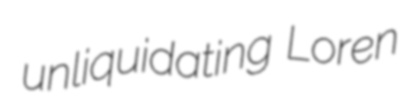
unliquidating Loren